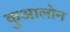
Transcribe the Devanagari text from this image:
कुआलोन